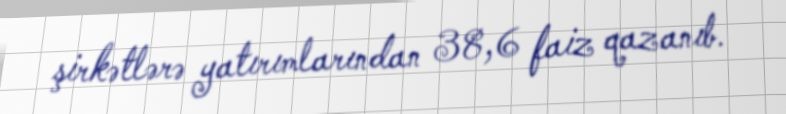
şirkətlərə yatırımlarından 38,6 faiz qazanıb.